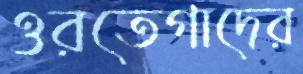
ওরতেগাদের